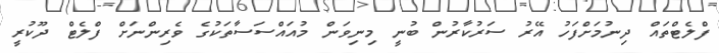
ފްލެޓްތައް ދިނުމަށްފަހު އޭރު ސަރުކާރުން ބުނީ މިނިވަން މުއައްސަސާތަކުގެ ވެރިންނަށް ފްލެޓް ދޫކުރީ